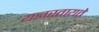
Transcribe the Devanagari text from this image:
यज्ञस्तायते